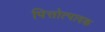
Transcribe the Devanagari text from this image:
पित्तोत्पादक